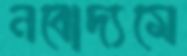
নবোদ্যমে